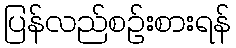
ပြန်လည်စဉ်းစားရန်